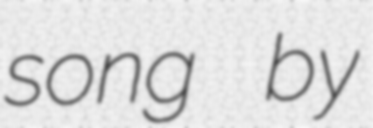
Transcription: song by